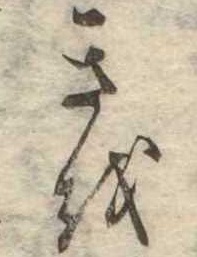
きを